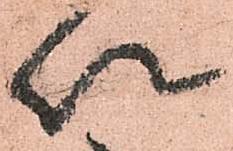
以